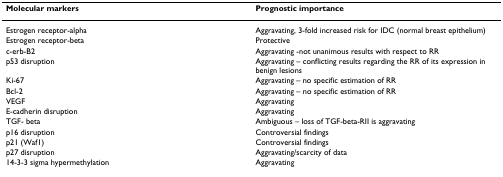
<table><thead><tr><td><b>Molecular markers</b></td><td><b>Prognostic importance</b></td></tr></thead><tbody><tr><td>Estrogen receptor-alpha</td><td>Aggravating, 3-fold increased risk for IDC (normal breast epithelium)</td></tr><tr><td>Estrogen receptor-beta</td><td>Protective</td></tr><tr><td>c-erb-B2</td><td>Aggravating -not unanimous results with respect to RR</td></tr><tr><td>p53 disruption</td><td>Aggravating – conflicting results regarding the RR of its expression in benign lesions</td></tr><tr><td>Ki-67</td><td>Aggravating – no specific estimation of RR</td></tr><tr><td>Bcl-2</td><td>Aggravating – no specific estimation of RR</td></tr><tr><td>VEGF</td><td>Aggravating</td></tr><tr><td>E-cadherin disruption</td><td>Aggravating</td></tr><tr><td>TGF- beta</td><td>Ambiguous – loss of TGF-beta-RII is aggravating</td></tr><tr><td>p16 disruption</td><td>Controversial findings</td></tr><tr><td>p21 (Waf1)</td><td>Controversial findings</td></tr><tr><td>p27 disruption</td><td>Aggravating/scarcity of data</td></tr><tr><td>14-3-3 sigma hypermethylation</td><td>Aggravating</td></tr></tbody></table>